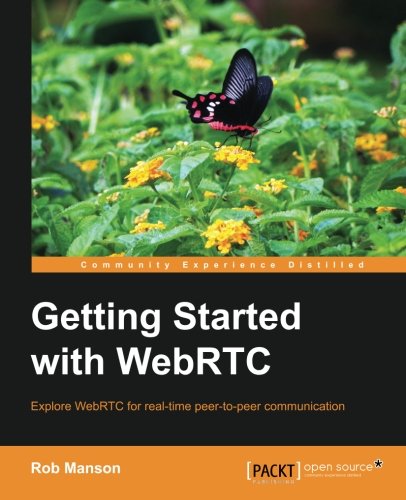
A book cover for Getting Started with WebRTC; Rob Manson; Computers & Technology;